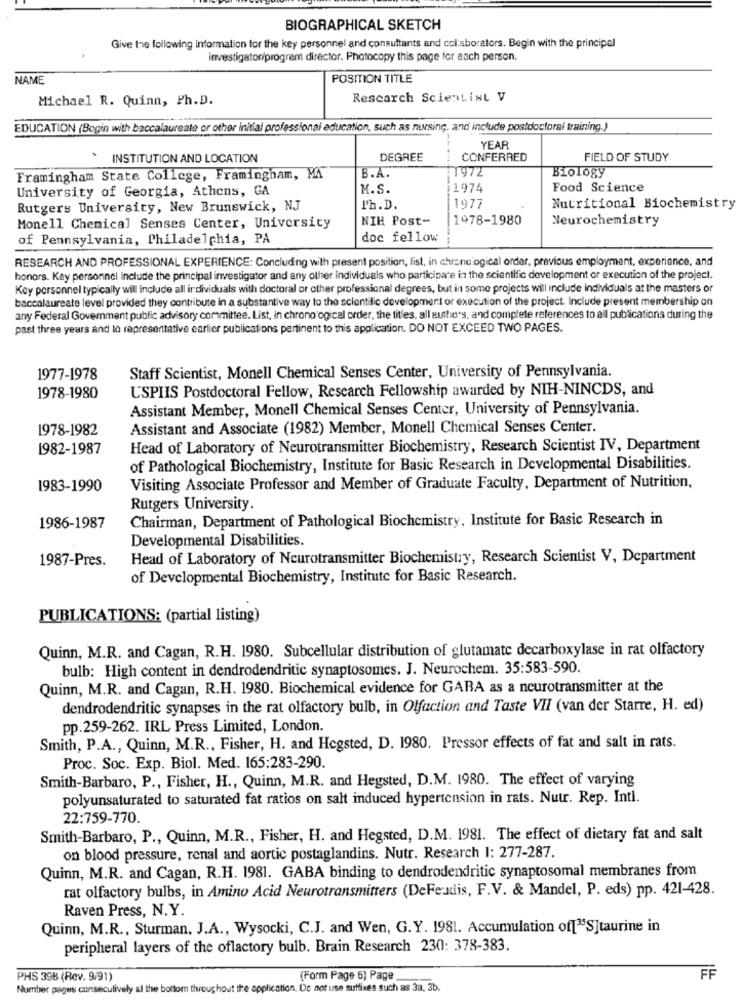
BIOGRAPHICAL SKETCH
Give the following information for the key personnel and consultants and col.sborators. Begin with the principal
investigator/program director. Photocopy this page for each person.
NAME
POSITION TITLE
Michael R. Quinn, Ph.D.
Research Scientist V
EDUCATION (Begin with baccalaureate or other initial professional education, such as nursing, and include postdoctoral training.)
YEAR
.
INSTITUTION AND LOCATION
DEGREE
CONFERRED
FIELD OF STUDY
1972
Biology
Framingham State College, Framingham, MA
B.A.
University of Georgia, Athens, GA
M.S.
1974
Food Science
Rutgers University, New Brunswick, NJ
Ph.D.
1977
Nutritional Biochemistry
NIH Post-
1978-1980
Neurochemistry
Monell Chemical Senses Center, University
of Pennsylvania, Philadelphia, PA
doc fellow
RESEARCH AND PROFESSIONAL EXPERIENCE: Concluding with present position, fist, in chronological order, previous employment, experience, and
honors. Key personnel include the principal investigator and any other individuals who participate in the scientific development or execution of the project.
Key personnel typically will include all individuals with doctoral or other professional degrees, but in some projects will include individuals at the masters or
baccalaureate level provided they contribute in a substantive way to the scientific development or execution of the project. Include present membership on
any Federal Government public advisory committee. List, in chrono ogical order, the titles, all authors, and complete references to all publications during the
past three years and to representative earlier publications pertinent to this application. DO NOT EXCEED TWO PAGES.
1977-1978
Staff Scientist, Monell Chemical Senses Center, University of Pennsylvania.
USPIIS Postdoctoral Fellow, Research Fellowship awarded by NIH-NINCDS, and
1978-1980
Assistant Member, Monell Chemical Senses Center, University of Pennsylvania.
1978-1982
Assistant and Associate (1982) Member, Monell Chemical Senses Center.
1982-1987
Head of Laboratory of Neurotransmitter Biochemistry, Research Scientist IV, Department
of Pathological Biochemistry, Institute for Basic Research in Developmental Disabilities.
1983-1990
Visiting Associate Professor and Member of Graduate Faculty, Department of Nutrition,
Rutgers University.
Chairman, Department of Pathological Biochemistry, Institute for Basic Research in
1986-1987
Developmental Disabilities.
1987-Pres.
Head of Laboratory of Neurotransmitter Biochemistry, Research Scientist V, Department
of Developmental Biochemistry, Institute for Basic Research.
PUBLICATIONS: (partial listing)
Quinn, M.R. and Cagan, R.H. 1980. Subcellular distribution of glutamate decarboxylase in rat olfactory
bulb: High content in dendrodendritic synaptosomes. J. Neurochem. 35:583-590.
Quinn, M.R. and Cagan, R.H. 1980. Biochemical evidence for GARA as a neurotransmitter at the
dendrodendritic synapses in the rat olfactory bulb, in Olfaction and Taste VII (van der Starre, H. ed)
pp.259-262. IRL Press Limited, London.
Smith, P.A ., Quinn, M.R ., Fisher, H. and Hegsted, D. 1980. Pressor effects of fat and salt in rats.
Proc. Soc. Exp. Biol. Med. 165:283-290.
Smith-Barbaro, P ., Fisher, H ., Quinn, M.R. and Hegsted, D.M. 1980. The effect of varying
polyunsaturated to saturated fat ratios on salt induced hypertension in rats. Nutr. Rep. Intl.
22:759-770.
Smith-Barbaro, P ., Quinn, M.R ., Fisher, H. and Hegsted, D.M. 1981. The effect of dietary fat and salt
on blood pressure, renal and aortic postaglandins. Nutr. Research I: 277-287.
Quinn, M.R. and Cagan, R.H. 1981. GABA binding to dendrodendritic synaptosomal membranes from
rat olfactory bulbs, in Amino Acid Neurotransmitters (DeFeudis, F.V. & Mandel, P. eds) pp. 421-428.
Raven Press, N.Y.
Quinn, M.R ., Sturman, J.A ., Wysocki, C.J. and Wen, G.Y. 1981. Accumulation of["S]taurine in
peripheral layers of the oflactory bulb. Brain Research 230: 378-383.
PHS 39B (Rev. 9/91)
(Form Page 6) Page
FF
Number pages conseculively al the bottom throughout the application. Do not use suffixes such as 3a, 3b.